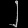
Digit: ၂